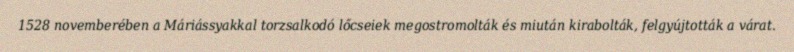
1528 novemberében a Máriássyakkal torzsalkodó lőcseiek megostromolták és miután kirabolták, felgyújtották a várat.